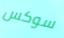
سوكس